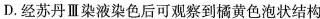
D.经苏丹Ⅲ染液染色后可观察到橘黄色泡状结构